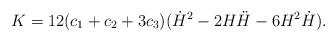
LaTeX: \begin{align*}K=12(c_1+c_2+3c_3)(\dot{H}^2 - 2H \ddot{H} - 6H^2 \dot{H}).\end{align*}